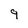
Character: 9